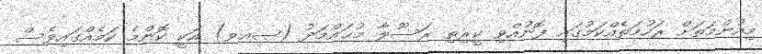
މިއުންމަތަށް ރަހުމަތެއްކަމުގައި ފޮނުއްވި ކީރިތި ރަސޫލާ މުޙައްމަދު (ޞޢވ) އަކީ ކޮންމެ ކަމެއްގައިވެސް